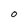
Character: o